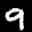
Label: 9